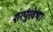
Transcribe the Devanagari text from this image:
शरपुंखेचा